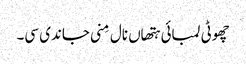
چھوٹی لمبائی ہتھاں نال مِنی جاندی سی۔